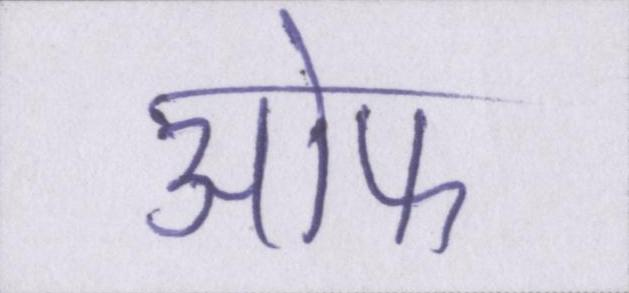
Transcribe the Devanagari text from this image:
आ॓फ